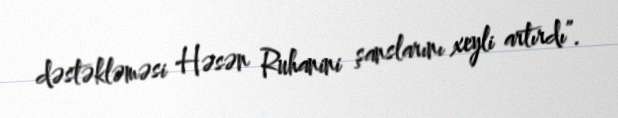
dəstəkləməsi Həsən Ruhanini şanslarını xeyli artırdı”.